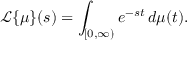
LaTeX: { \mathcal { L } } \{ \mu \} ( s ) = \int _ { [ 0 , \infty ) } e ^ { - s t } \, d \mu ( t ) .